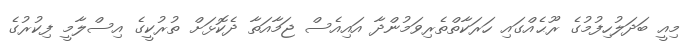
މިއީ ބަދަލުހިފުމުގެ ރޫޙެއްގައި ހަރަކާތްތެރިވަމުންދާ އައިއެސް ޖަމާއަތާ ދެކޮޅަށް ތުރުކީގެ އިސްލާމީ ފިކުރުގެ